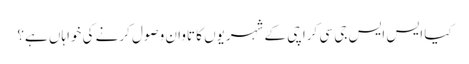
کیا ایس ایس جی سی کراچی کے شہریوں کا تاوان وصول کرنے کی خواہاں ہے؟